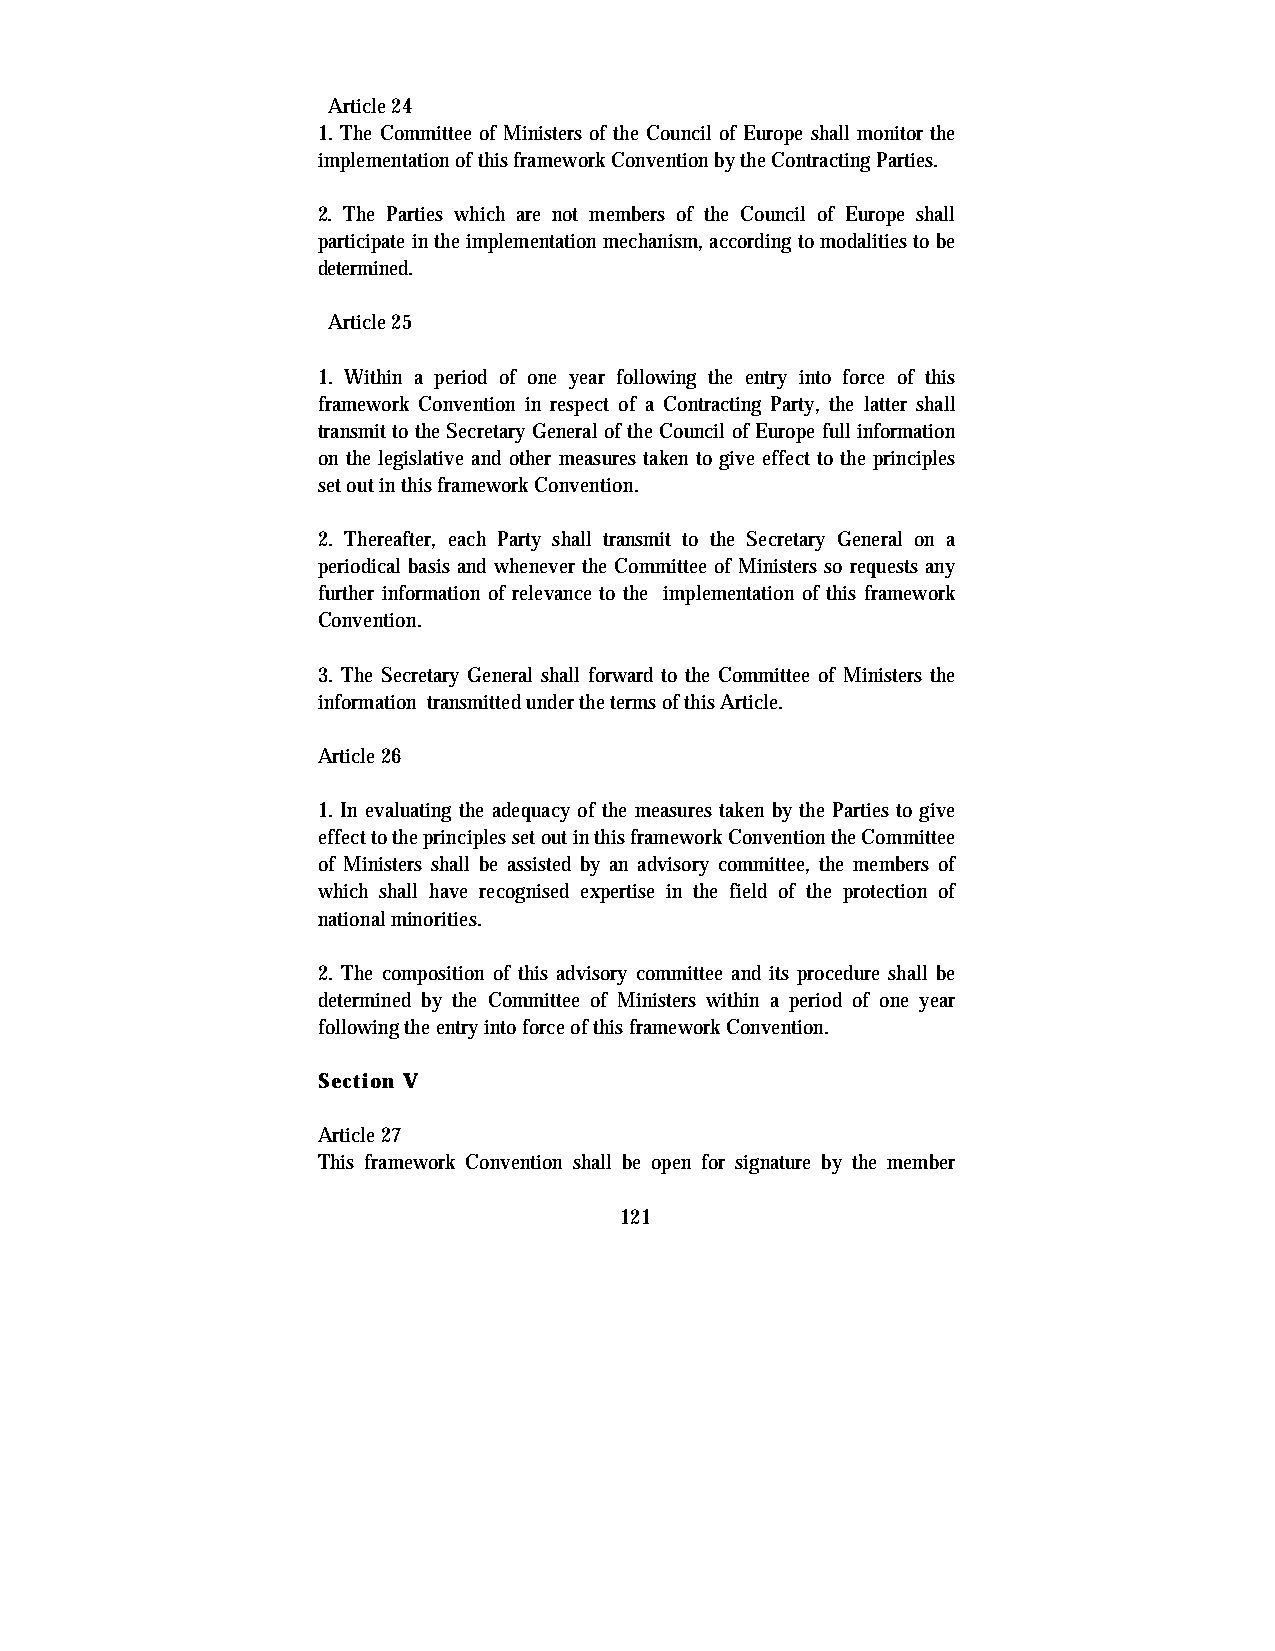
Article 24
 1. The Committee of Ministers of the Council of Europe shall monitor the
 implementation of this framework Convention by the Contracting Parties.
 2. The Parties which are not members of the Council of Europe shall
 participate in the implementation mechanism, according to modalities to be
 determined.
 Article 25
 1. Within a period of one year following the entry into force of this
 framework Convention in respect of a Contracting Party, the latter shall
 transmit to the Secretary General of the Council of Europe full information
 on the legislative and other measures taken to give effect to the principles
 set out in this framework Convention.
 2. Thereafter, each Party shall transmit to the Secretary General on a
 periodical basis and whenever the Committee of Ministers so requests any
 further information of relevance to the implementation of this framework
 Convention.
 3. The Secretary General shall forward to the Committee of Ministers the
 information transmitted under the terms of this Article.
 Article 26
 1. In evaluating the adequacy of the measures taken by the Parties to give
 effect to the principles set out in this framework Convention the Committee
 of Ministers shall be assisted by an advisory committee, the members of
 which shall have recognised expertise in the field of the protection of
 national minorities.
 2. The composition of this advisory committee and its procedure shall be
 determined by the Committee of Ministers within a period of one year
 following the entry into force of this framework Convention.
 Section V
 Article 27
 This framework Convention shall be open for signature by the member
 121